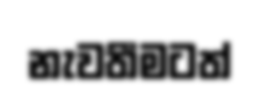
නැවතීමටත්